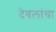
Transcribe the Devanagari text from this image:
देवलांचा